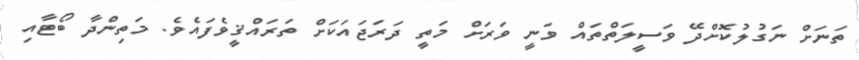
ތަނަށް ނަގުލުކޮށްދޭ ވަސީލަތްތައް ވަނީ ވަރަށް މަތީ ދަރަޖައަކަށް ތަރައްޤީވެފައެވެ. މަތިންދާ ބޯޓާއި